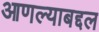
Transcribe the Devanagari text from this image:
आणल्याबद्दल